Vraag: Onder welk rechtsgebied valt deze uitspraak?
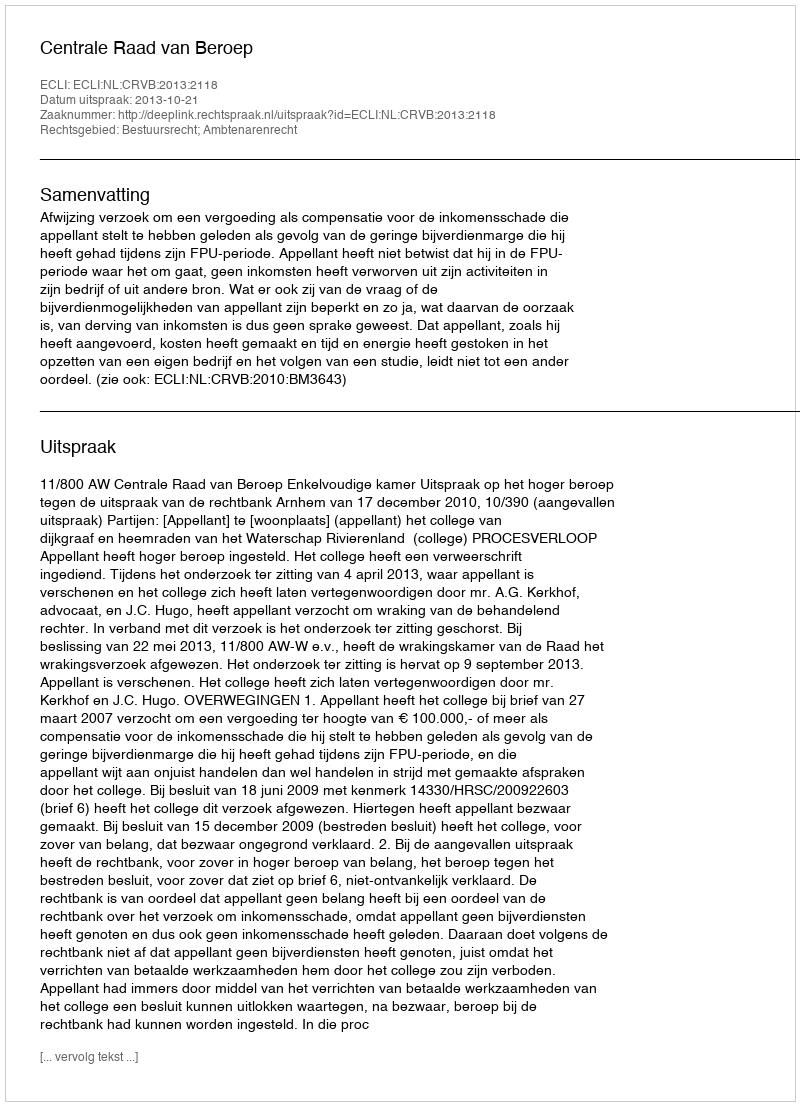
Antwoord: Bestuursrecht; Ambtenarenrecht